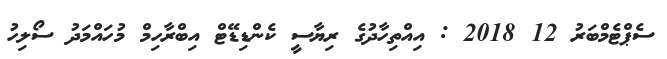
ސެޕްޓެމްބަރު 12 2018 : އިއްތިހާދުގެ ރިޔާސީ ކެންޑިޑޭޓް އިބްރާހިމް މުހައްމަދު ސޯލިހު